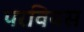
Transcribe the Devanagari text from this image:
परवियस